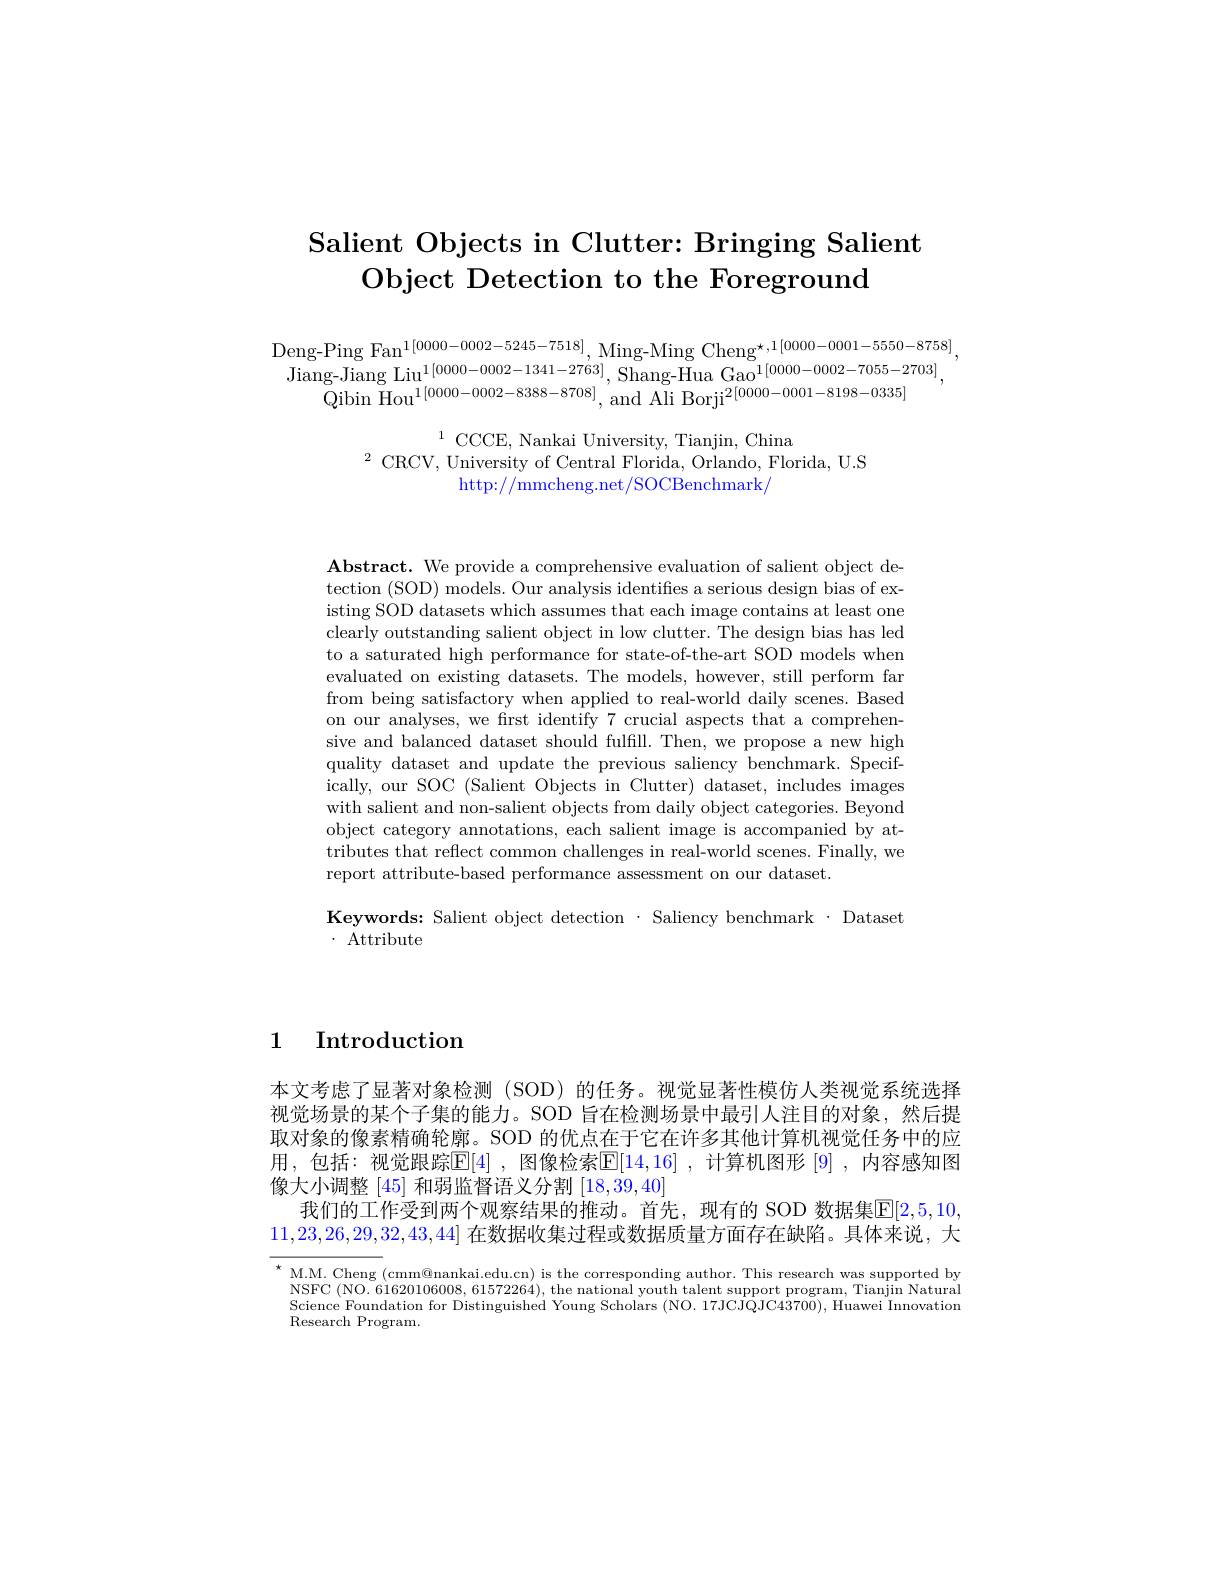
# Salient Objects in Clutter: Bringing Salient Object Detection to the Foreground

Deng-Ping Fan$^{1[0000-0002-5245-7518]}$,Ming-Ming Cheng$^{\star,1[0000-0001-5550-8758]}$, $\begin{array}{c}{\mathrm{Jiang-Jiang~Liu^{1[0000-0002-1341-2763]},~Shang-Hua~Gao^{1}[0000-0002-7055-2703]}}\\{\mathrm{Qibin~Hou^{1[0000-0002-8388-8708]},~and~Ali~Borji^{2[0000-0001-8198-0335]}}},\end{array}$

$^{1}\mathrm{CCCE,~Nankai~University,~Tianjin,~China}\\^{2}\mathrm{CRCV,~University~of~Central~Florida,~Orlando,~Florida,~U.S}$
http: / / mmcheng. net/ SOCBenchmark/

Abstract. We provide a comprehensive evaluation of salient object detection (SOD) models. Our analysis identifies a serious design bias of existing SOD datasets which assumes that each image contains at least one clearly outstanding salient object in low clutter. The design bias has led to a saturated high performance for state-of-the-art SOD models when evaluated on existing datasets. The models, however, still perform far from being satisfactory when applied to real-world daily scenes. Based on our analyses, we first identify 7 crucial aspects that a comprehensive and balanced dataset should fulfill. Then, we propose a new high quality dataset and update the previous saliency benchmark. Specifically, our SOC (Salient Objects in Clutter) dataset, includes images with salient and non-salient objects from daily object categories. Beyond object category annotations, each salient image is accompanied by attributes that reflect common challenges in real-world scenes. Finally, we report attribute-based performance assessment on our dataset.

Keywords: Salient object detection $\cdot$Saliency benchmark$\cdot$Dataset
$\cdot$ Attribute

1 Introduction

本文考虑了显著对象检测(SOD)的任务。视觉显著性模仿人类视觉系统选择视觉场景的某个子集的能力。SOD 旨在检测场景中最引人注目的对象，然后提取对象的像素精确轮廓。SOD 的优点在于它在许多其他计算机视觉任务中的应用，包括：视觉跟踪$\mathbb{E}[4]$ ,图像检索$\mathbb{E}[14,16]$ ,计算机图形 [9] ,内容感知图像大小调整[45]和弱监督语义分割[18,39,40]
我们的工作受到两个观察结果的推动。首先，现有的 SOD 数据集E[2,5,10] 11,23,26,29,32,43,44]在数据收集过程或数据质量方面存在缺陷。具体来说，大

$^{\star}$M.M. Cheng (cmm@nankai.edu.cn) is the corresponding author. This research was supported by NSFC (NO. 61620106008, 61572264), the national youth talent support program, Tianjin Natura Science Foundation for Distinguished Young Scholars (NO. 17JCJQJC43700), Huawei Innovation Research Program.